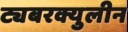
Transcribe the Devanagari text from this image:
ट्यबरक्युलीन